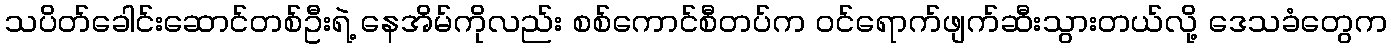
သပိတ်ခေါင်းဆောင်တစ်ဦးရဲ့ နေအိမ်ကိုလည်း စစ်ကောင်စီတပ်က ဝင်ရောက်ဖျက်ဆီးသွားတယ်လို့ ဒေသခံတွေက